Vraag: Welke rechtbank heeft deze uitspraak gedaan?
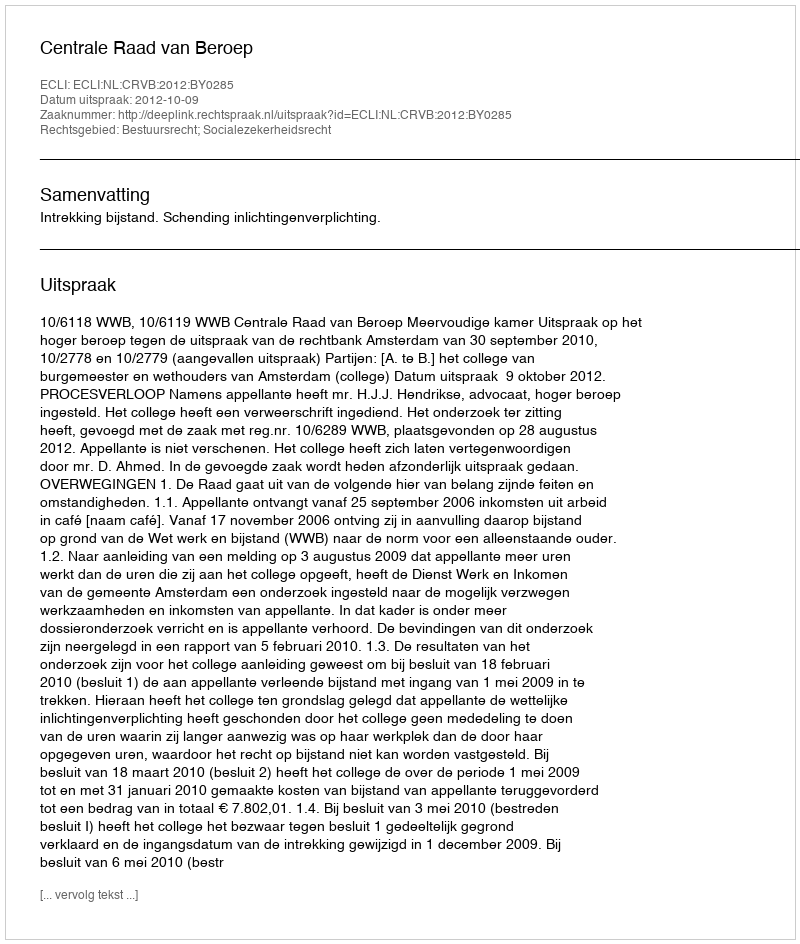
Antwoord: Centrale Raad van Beroep